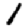
Digit: 1